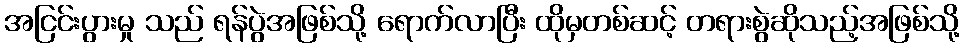
အငြင်းပွားမှု သည် ရန်ပွဲအဖြစ်သို့ ရောက်လာပြီး ထိုမှတစ်ဆင့် တရားစွဲဆိုသည့်အဖြစ်သို့